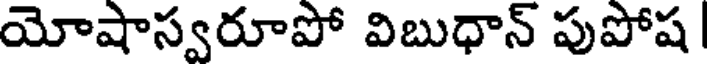
యోషాస్వరూపో విబుధాన్ పుపోష